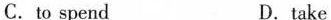
C. to spend D.take